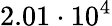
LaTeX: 2.01\cdot 10^{4}